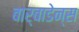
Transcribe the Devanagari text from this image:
बार्बाडेन्स